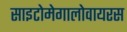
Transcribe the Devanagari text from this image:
साइटोमेगालोवायरस